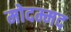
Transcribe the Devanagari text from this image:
मोदम्मद